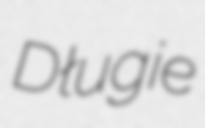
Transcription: Długie